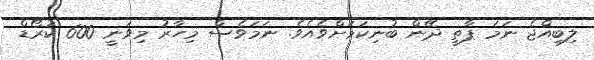
ލިބިއްޖެ ނަމަ ޕާތީ ދޭން ބުނިކަމަށްވެއެވެ. ނަމަވެސް މިހާރު މިވަނީ 600 ކުރޯޑް